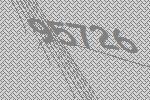
95726